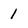
Character: 1